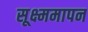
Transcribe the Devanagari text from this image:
सूक्ष्ममापन